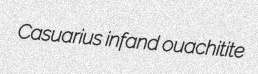
Casuarius infand ouachitite